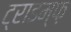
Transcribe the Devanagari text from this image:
ट्राइम्फ़